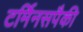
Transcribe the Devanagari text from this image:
टर्मिनसपैकी